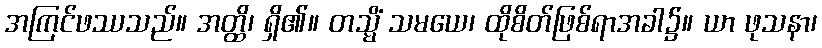
အကြင်ဖဿသည်။ အတ္ထိ၊ ရှိ၏။ တသ္မိံ သမယေ၊ ထိုစိတ်ဖြစ်ရာအခါ၌။ ယာ ဖုသနာ၊